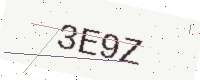
Text: 3E9Z